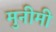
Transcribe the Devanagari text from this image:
मुनीमी